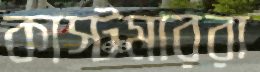
কাস্টমাররা